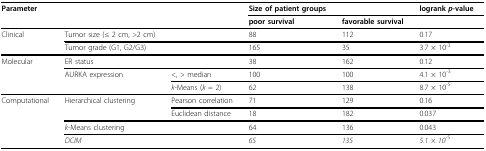
<table><thead><tr><td><b>Parameter</b></td><td>[EMPTY_CELL]</td><td>[EMPTY_CELL]</td><td><b>Size of patient groups</b></td><td>[EMPTY_CELL]</td><td><b>logrank <i>p</i>-value</b></td></tr><tr><td>[EMPTY_CELL]</td><td>[EMPTY_CELL]</td><td>[EMPTY_CELL]</td><td><b>poor survival</b></td><td><b>favorable survival</b></td><td>[EMPTY_CELL]</td></tr></thead><tbody><tr><td>Clinical</td><td>Tumor size (≤ 2 cm, &gt;2 cm)</td><td>[EMPTY_CELL]</td><td>88</td><td>112</td><td>0.17</td></tr><tr><td>[EMPTY_CELL]</td><td>Tumor grade (G1, G2/G3)</td><td>[EMPTY_CELL]</td><td>165</td><td>35</td><td>3.7 × 10<sup>-3</sup></td></tr><tr><td>Molecular</td><td>ER status</td><td>[EMPTY_CELL]</td><td>38</td><td>162</td><td>0.12</td></tr><tr><td>[EMPTY_CELL]</td><td>AURKA expression</td><td>&lt;, &gt; median</td><td>100</td><td>100</td><td>4.1 × 10<sup>-3</sup></td></tr><tr><td>[EMPTY_CELL]</td><td>[EMPTY_CELL]</td><td><i>k</i>-Means (<i>k </i>= 2)</td><td>62</td><td>138</td><td>8.7 × 10<sup>-5</sup></td></tr><tr><td>Computational</td><td>Hierarchical clustering</td><td>Pearson correlation</td><td>71</td><td>129</td><td>0.16</td></tr><tr><td>[EMPTY_CELL]</td><td>[EMPTY_CELL]</td><td>Euclidean distance</td><td>18</td><td>182</td><td>0.037</td></tr><tr><td>[EMPTY_CELL]</td><td><i>k</i>-Means clustering</td><td>[EMPTY_CELL]</td><td>64</td><td>136</td><td>0.043</td></tr><tr><td>[EMPTY_CELL]</td><td><i>DCIM</i></td><td>[EMPTY_CELL]</td><td><i>65</i></td><td><i>135</i></td><td><i>5.1 × 10</i><sup>-5</sup></td></tr></tbody></table>